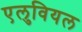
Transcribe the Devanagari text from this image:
एलुवियल